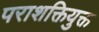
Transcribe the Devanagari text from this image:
पराशक्तियुक्त